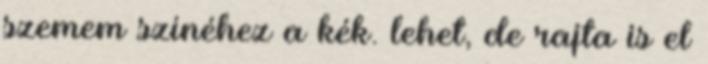
szemem színéhez a kék. lehet, de rajta is el